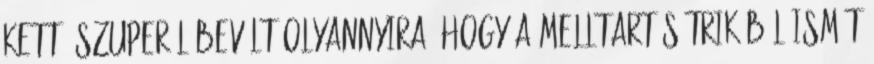
kettő szuperül bevált Olyannyira, hogy a melltartós trikóból ismét